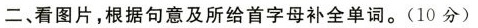
二、看图片,根据句意及所给首字母补全单词。(10 分)